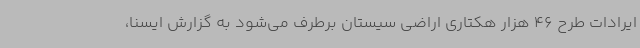
ایرادات طرح 46 هزار هکتاری اراضی سیستان برطرف می‌شود به گزارش ایسنا،